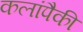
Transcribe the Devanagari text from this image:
कलांपैकी